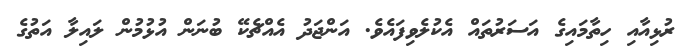
ރުޅިއާއި ހިތާމައިގެ އަސަރުތައް އެކުލެވިފައެވެ. އަންޖަދު އެއްޗެކޭ ބުނަން އުޅުމުން ލައިލާ އަތުގެ